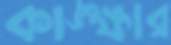
কাঙ্ক্ষার